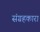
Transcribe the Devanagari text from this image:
संग्रहकारा